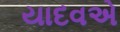
યાદવએ